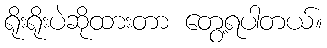
ရိုးရိုးပဲဆိုထားတာ တွေ့ရပါတယ်။